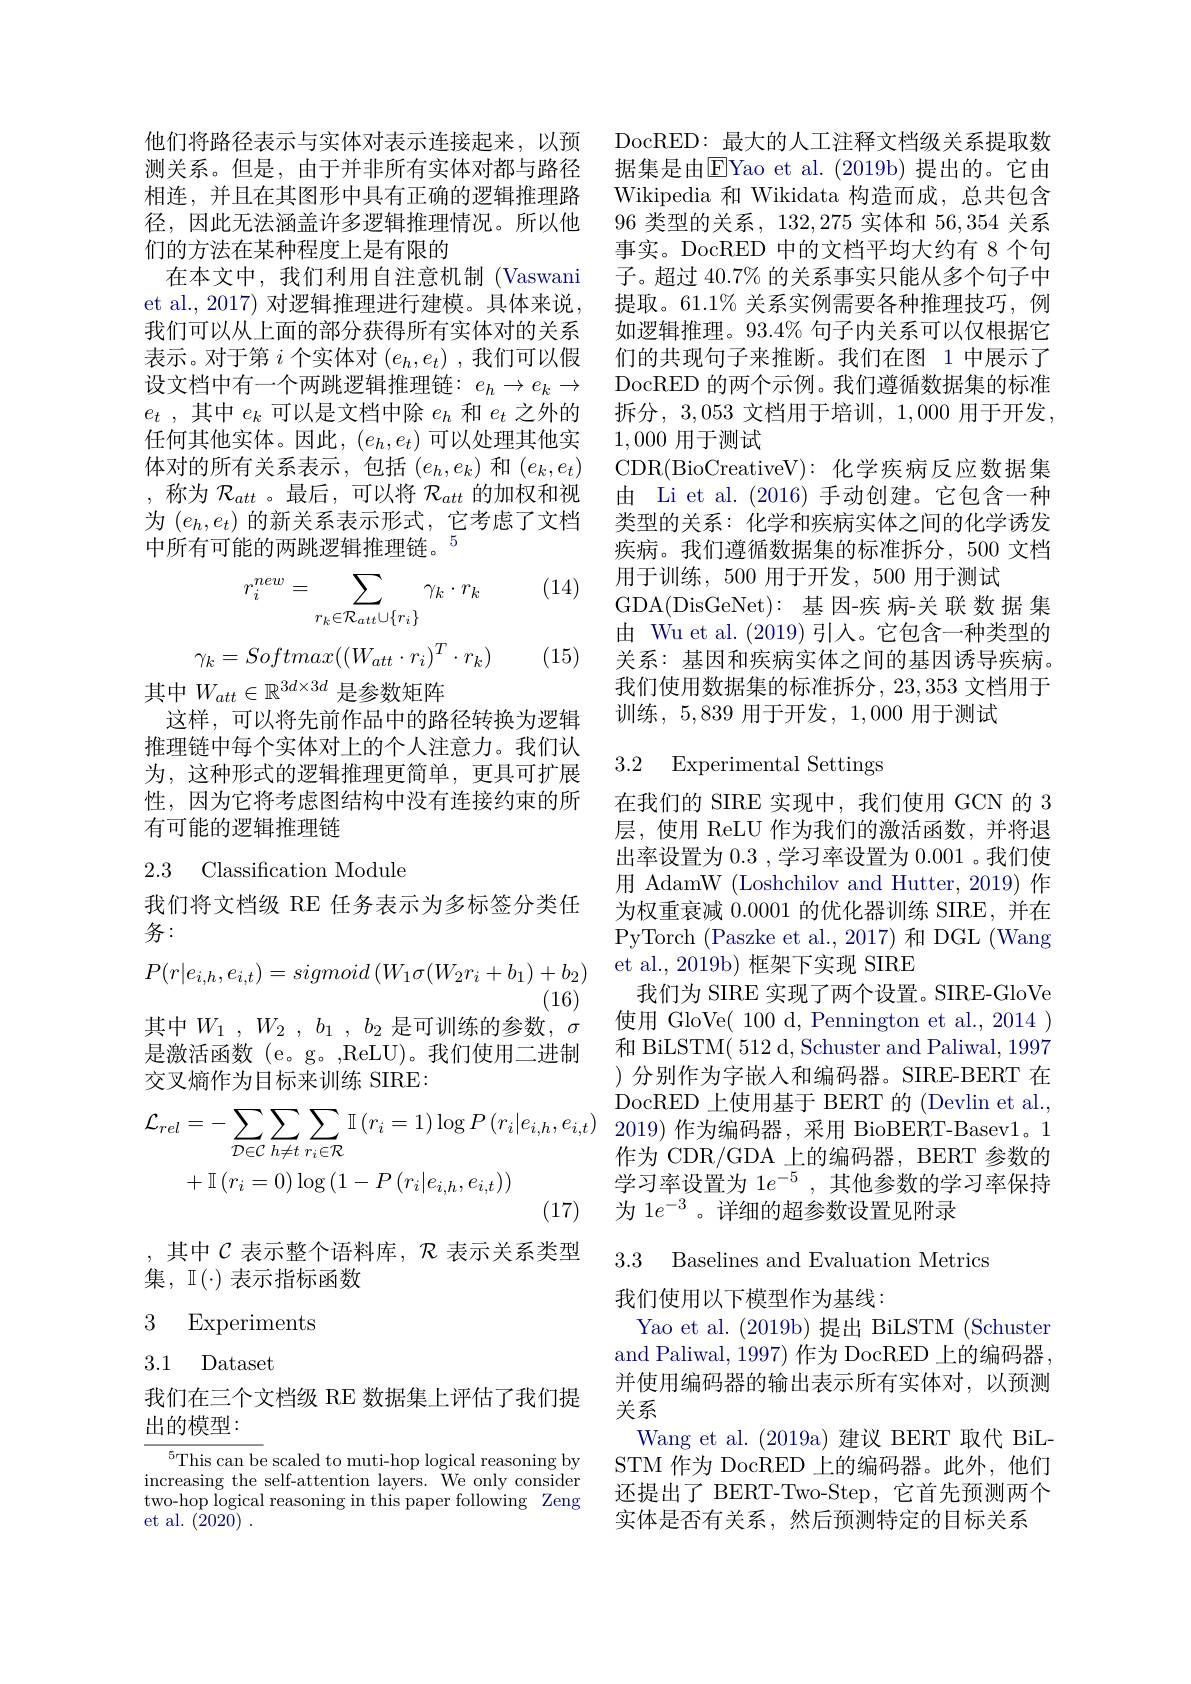
他们将路径表示与实体对表示连接起来，以预测关系。但是，由于并非所有实体对都与路径相连，并且在其图形中具有正确的逻辑推理路径，因此无法涵盖许多逻辑推理情况。所以他们的方法在某种程度上是有限的
在本文中，我们利用自注意机制 (Vaswani et al., 2017) 对逻辑推理进行建模。具体来说， 我们可以从上面的部分获得所有实体对的关系表示。对于第$i$个实体对$(e_h,e_t)$ ,我们可以假设文档中有一个两跳逻辑推理链：$e_h\to e_k\to$ $e_t$ ,其中$e_k$可以是文档中除$e_h$和$e_t$之外的任何其他实体。因此，(e_h,e_t)可以处理其他实体对的所有关系表示，包括$(e_h,e_k)$和$(e_k,e_t)$ ,称为$\mathcal{R}_att$ 。最后，可以将$\mathcal{R}_att$的加权和视为$(e_h,e_t)$的新关系表示形式，它考虑了文档中所有可能的两跳逻辑推理链。$^{5}$

(14)
$$r_i^{new}=\sum_{r_k\in\mathcal R_{att}\cup\{r_i\}}\gamma_k\cdot r_k$$
$$\gamma_k=Softmax((W_{att}\cdot r_i)^T\cdot r_k)$$
其中$W_{att}\in\mathbb{R}^{3d\times3d}$是参数矩阵

(15)

这样，可以将先前作品中的路径转换为逻辑推理链中每个实体对上的个人注意力。我们认为，这种形式的逻辑推理更简单，更具可扩展性，因为它将考虑图结构中没有连接约束的所有可能的逻辑推理链

## 2.3 Classification Module

我们将文档级 RE 任务表示为多标签分类任
务：
$$P(r|e_{i,h},e_{i,t})=sigmoid\left(W_{1}\sigma(W_{2}r_{i}+b_{1})+b_{2}\right)$$
(16)

其中$W_{1}$ , $W_{2}$ , $b_{1}$ , $b_{2}$ 是可训练的参数，$\sigma$

是激活函数(e。g。,ReLU)。我们使用二进制
交叉熵作为目标来训练 SIRE:
$$\mathcal{L}_{rel}=-\sum_{\mathcal{D}\in\mathcal{C}}\sum_{h\neq t}\sum_{r_{i}\in\mathcal{R}}\mathbb{I}\left(r_{i}=1\right)\log P\left(r_{i}|e_{i,h},e_{i,t}\right)\\+\mathbb{I}\left(r_{i}=0\right)\log\left(1-P\left(r_{i}|e_{i,h},e_{i,t}\right)\right)$$
,其中$\mathcal{C}$表示整个语料库，$\mathcal{R}$表示关系类型
集，$\mathbb{I}(\cdot)$表示指标函数

### 3 Experiments

## 3.1 Dataset

我们在三个文档级 RE 数据集上评估了我们提
出的模型：

${}^{5}$This can be scaled to muti-hop logical reasoning by increasing the self-attention layers. We only consider two-hop logical reasoning in this paper following Zeng et al. (2020).

DocRED: 最大的人工注释文档级关系提取数据集是由$\overline{\mathrm{E}}$Yao et al.(2019b) 提出的。它由Wikipedia 和 Wikidata 构造而成，总共包含96类型的关系，132,275 实体和 56,354 关系事实。DocRED 中的文档平均大约有 8 个句子。超过 40.7% 的关系事实只能从多个句子中提取。61.1% 关系实例需要各种推理技巧，例如逻辑推理。93.4% 句子内关系可以仅根据它们的共现句子来推断。我们在图 1 中展示了DocRED 的两个示例。我们遵循数据集的标准拆分，3,053 文档用于培训，1,000 用于开发， 1,000用于测试
CDR(BioCreativeV):化学疾病反应数据集由 Li et al. (2016) 手动创建。它包含一种类型的关系：化学和疾病实体之间的化学诱发疾病。我们遵循数据集的标准拆分，500 文档用于训练，500 用于开发，500 用于测试
GDA(DisGeNet): 基因-疾病-关联数据集由 Wu et al. (2019) 引入。它包含一种类型的关系：基因和疾病实体之间的基因诱导疾病。我们使用数据集的标准拆分，23,353 文档用于训练，5,839 用于开发，1,000 用于测试

### 3.2 Experimental Settings

在我们的 SIRE 实现中，我们使用 GCN 的 3层，使用 ReLU 作为我们的激活函数，并将退出率设置为0.3 ,学习率设置为0.001 。我们使用 AdamW (Loshchilov and Hutter, 2019) 作为权重衰减0.0001的优化器训练 SIRE,并在PyTorch (Paszke et al.,2017)和 DGL (Wang et al., 2019b) 框架下实现 SIRE
我们为 SIRE 实现了两个设置。SIRE-GloVe 使用 GloVe( 100 d, Pennington et al., 2014 ) 和 BiLSTM( 512 d, Schuster and Paliwal, 1997 )分别作为字嵌入和编码器。SIRE-BERT 在DocRED 上使用基于 BERT 的 (Devlin et al., 2019)作为编码器，采用 BioBERT-Basev1。1作为 CDR/GDA 上的编码器，BERT 参数的学习率设置为 1$e^{-5}$ ,其他参数的学习率保持为 1$e^{-3}$。详细的超参数设置见附录

3.3 Baselines and Evaluation Metrics

关系

我们使用以下模型作为基线：
Yao et al. (2019b) 提出 BiLSTM (Schuster and Paliwal, 1997) 作为 DocRED 上的编码器并使用编码器的输出表示所有实体对，以预测Wang et al.(2019a)建议 BERT 取代 BiL-
STM 作为 DocRED 上的编码器。此外，他们还提出了 BERT-Two-Step, 它首先预测两个实体是否有关系，然后预测特定的目标关系